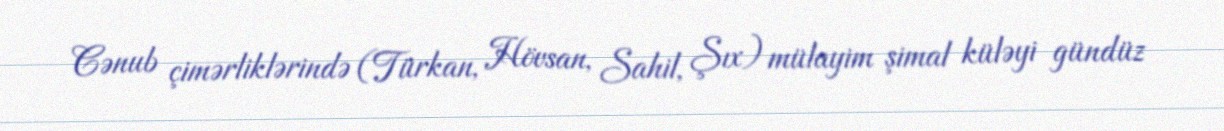
Cənub çimərliklərində (Türkan, Hövsan, Sahil, Şıx) mülayim şimal küləyi gündüz